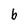
Character: b